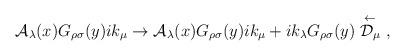
LaTeX: \begin{align*}{\cal A}_\lambda(x) G_{\rho\sigma}(y)ik_\mu\rightarrow{\cal A}_\lambda(x) G_{\rho\sigma}(y)ik_\mu+ik_{\lambda}G_{\rho\sigma}(y)\stackrel{\leftarrow}{{\cal D}_\mu}\ ,\end{align*}